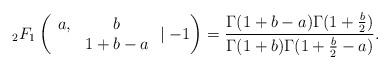
LaTeX: \begin{align*} {_2F_1}\left(\begin{array}{cc} a, & b \\ & 1+b-a \end{array}\mid-1\right)=\frac{\Gamma(1+b-a)\Gamma(1+\frac{b}{2})}{\Gamma(1+b)\Gamma(1+\frac{b}{2}-a)}. \end{align*}